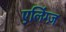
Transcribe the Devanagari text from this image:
एलिंग्ज़